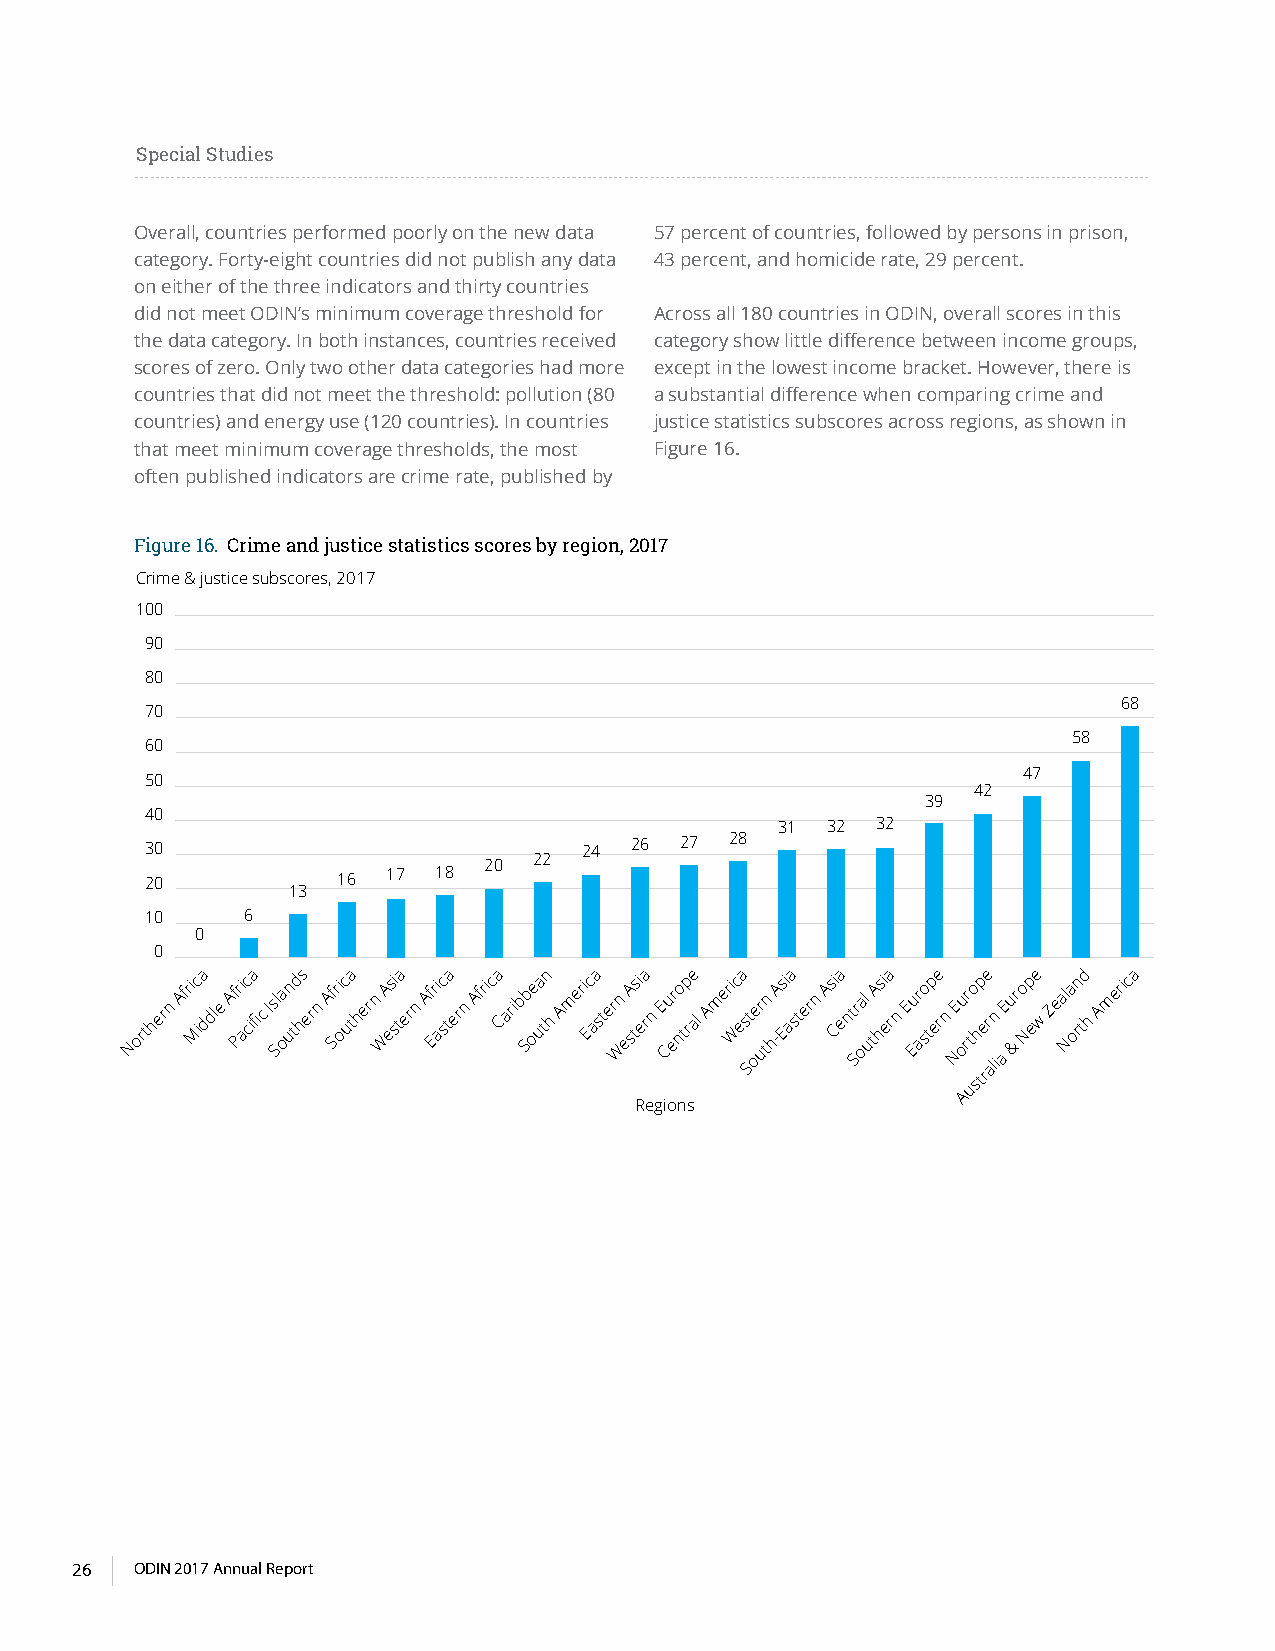
Special Studies
 Overall, countries performed poorly on the new data 57 percent of countries, followed by persons in prison,
 category. Forty-eight countries did not publish any data 43 percent, and homicide rate, 29 percent.
 on either of the three indicators and thirty countries
 did not meet ODIN’s minimum coverage threshold for Across all 180 countries in ODIN, overall scores in this
 the data category. In both instances, countries received category show little difference between income groups,
 scores of zero. Only two other data categories had more except in the lowest income bracket. However, there is
 countries that did not meet the threshold: pollution (80 a substantial difference when comparing crime and
 countries) and energy use (120 countries). In countries justice statistics subscores across regions, as shown in
 that meet minimum coverage thresholds, the most Figure 16.
 often published indicators are crime rate, published by
 Figure 16. Crime and justice statistics scores by region, 2017
 Crime & justice subscores, 2017
 100
 90
 80
 68
 70
 58
 60
 47
 50
 42
 39
 40
 31 32 32
 30                           24 26 27 28
 20 22
 20          16  17 18
 13
 10    6
 0
 0
 Northern Afri Mc ia ddle Af Pri ac cia fic Is Sl oa un td hs ern Af Sri oc uta hern WA esi sta ern Af Eri ac sta ern Africa Carib Sb oe ua tn h Ameri Ec aa ster Wn esA tsi ea rn E Cu er no tp re al Ameri Wc ea s St oer utn h-A Esi aa stern As Cia ent Sr oal utA hsi ea rn E Eur aso tp ee rn NE ou rr
 t
 uo
 sh
 tp e re r aln
 i
 aE u &r o Np ee w Zeal Na orn td h America
 A
 Regions
 26  ODIN 2017 Annual Report